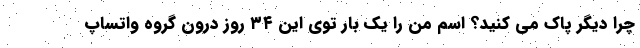
چرا دیگر پاک می کنید؟ اسم من را یک بار توی این ۳۴ روز درون گروه واتساپ